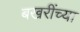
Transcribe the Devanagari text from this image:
बखरींच्या